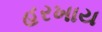
હરખાય